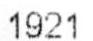
1921